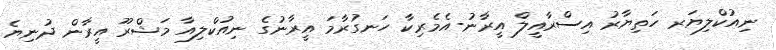
ނިއުކްލިޔަރ ހަތިޔާރު އިސްރާއީލް އީރާނު-އެމެރިކާ ހަނގުރާމަ އީރާނުގެ ނިއުކްލިއާ މަޝްރޫ އީރާން ދުނިޔެ